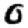
Digit: 0